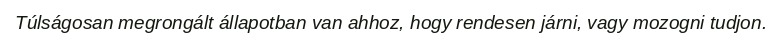
Túlságosan megrongált állapotban van ahhoz, hogy rendesen járni, vagy mozogni tudjon.